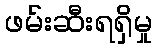
ဖမ်းဆီးရရှိမှု